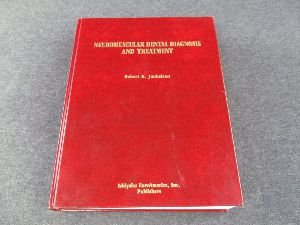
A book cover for Neuromuscular Dental Diagnosis and Treatment; Robert R. Jankelson; Medical Books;